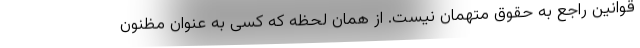
قوانین راجع به حقوق متهمان نیست. از همان لحظه که کسی به عنوان مظنون